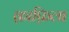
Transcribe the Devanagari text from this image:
क़ाफ़िला